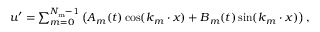
\begin{array} { r } { \boldsymbol { u } ^ { \prime } = \sum _ { m = 0 } ^ { N _ { \mathrm { m } } - 1 } \left( \boldsymbol { A } _ { m } ( t ) \cos ( \boldsymbol { k } _ { m } \cdot \boldsymbol { x } ) + \boldsymbol { B } _ { m } ( t ) \sin ( \boldsymbol { k } _ { m } \cdot \boldsymbol { x } ) \right) , } \end{array}